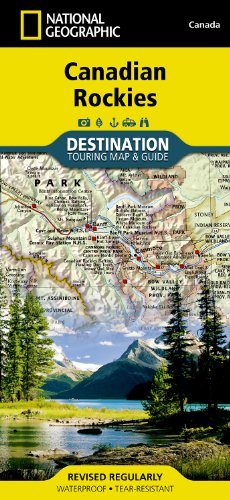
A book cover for Canadian Rockies (National Geographic Destination Map); National Geographic Maps; Travel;